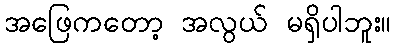
အဖြေကတော့ အလွယ် မရှိပါဘူး။